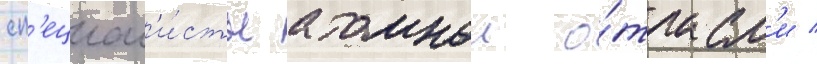
сп'ециал'и́сты атомнои о́трасл'и /